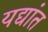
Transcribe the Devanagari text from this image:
यद्यांत